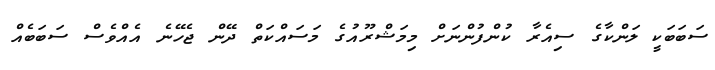
ސަބަބަކީ ލަންކާގެ ސިއެެރާ ކުންފުންނަށް މިމަޝްރޫއުގެ މަސައްކަތް ދޭން ޖެހޭނެ އެއްވެސް ސަބަބެއް